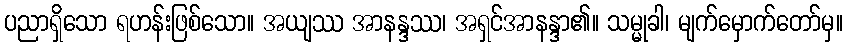
ပညာရှိသော ရဟန်းဖြစ်သော။ အယျဿ အာနန္ဒဿ၊ အရှင်အာနန္ဒာ၏။ သမ္မုခါ၊ မျက်မှောက်တော်မှ။